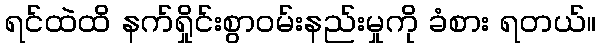
ရင်ထဲထိ နက်ရှိုင်းစွာဝမ်းနည်းမှုကို ခံစား ရတယ်။